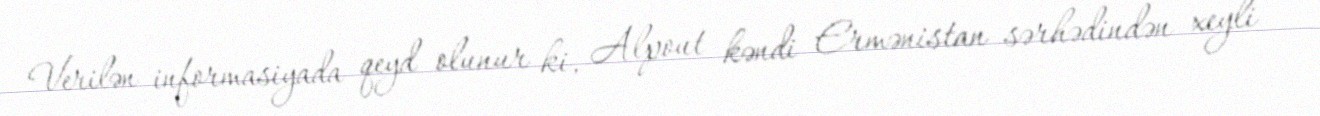
Verilən informasiyada qeyd olunur ki, Alpout kəndi Ermənistan sərhədindən xeyli